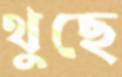
থুছে